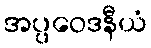
အပ္ပဝေဒနီယံ